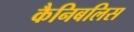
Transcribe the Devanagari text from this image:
कैनिबलिस